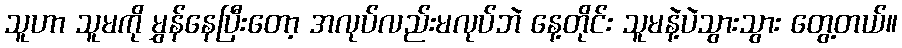
သူဟာ သူမကို မွှန်နေပြီးတော့ အလုပ်လည်းမလုပ်ဘဲ နေ့တိုင်း သူမနဲ့ပဲသွားသွား တွေ့တယ်။